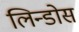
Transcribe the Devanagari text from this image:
लिन्डोस